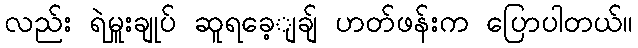
လည်း ရဲမှူးချုပ် ဆူရခေ့ျချ် ဟတ်ဖန်းက ပြောပါတယ်။